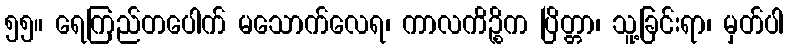
၅၅။ ရေကြည်တပေါက် မသောက်လေရ၊ ကာလကိဉ္စိက ပြိတ္တာ၊ သူ့ခြင်းရာ၊ မှတ်ပါ